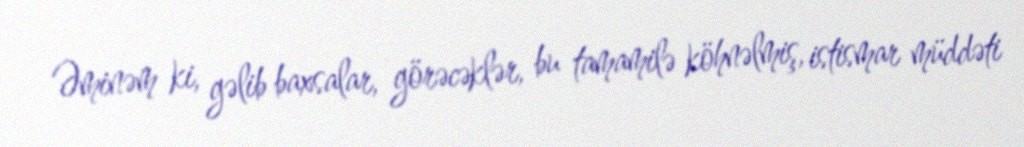
Əminəm ki, gəlib baxsalar, görəcəklər, bu tamamilə köhnəlmiş, istismar müddəti